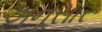
અનૂસાર